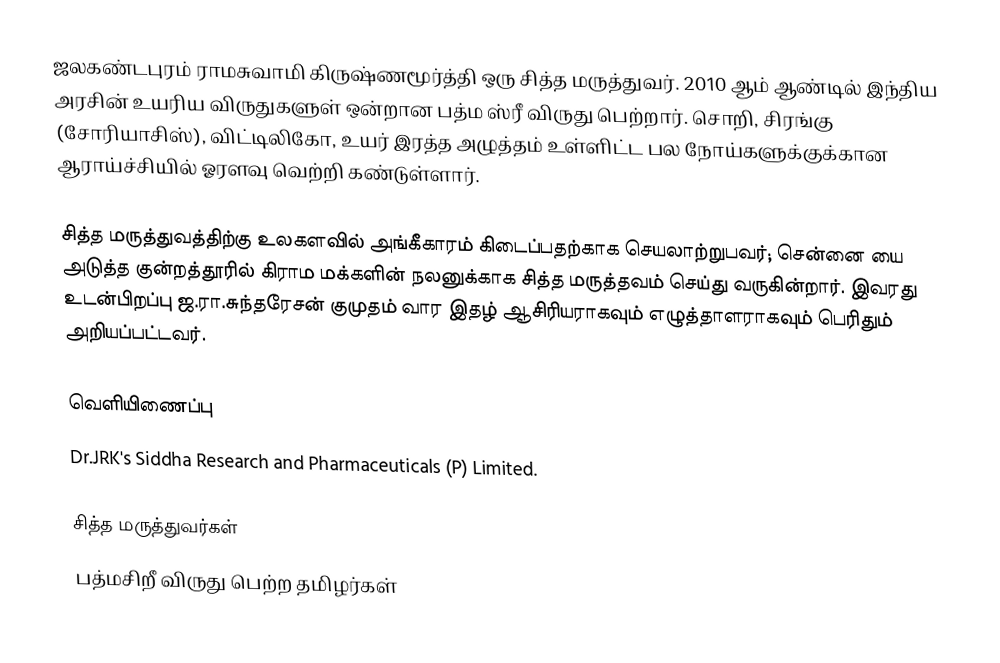
ஜலகண்டபுரம் ராமசுவாமி கிருஷ்ணமூர்த்தி ஒரு சித்த மருத்துவர். 2010 ஆம் ஆண்டில் இந்திய அரசின் உயரிய விருதுகளுள் ஒன்றான பத்ம ஸ்ரீ விருது பெற்றார். சொறி, சிரங்கு (சோரியாசிஸ்), விட்டிலிகோ, உயர் இரத்த அழுத்தம் உள்ளிட்ட பல நோய்களுக்குக்கான ஆராய்ச்சியில் ஓரளவு வெற்றி கண்டுள்ளார்.

சித்த மருத்துவத்திற்கு உலகளவில் அங்கீகாரம் கிடைப்பதற்காக செயலாற்றுபவர்; சென்னை யை அடுத்த குன்றத்தூரில் கிராம மக்களின் நலனுக்காக சித்த மருத்தவம் செய்து வருகின்றார். இவரது உடன்பிறப்பு ஜ.ரா.சுந்தரேசன் குமுதம் வார இதழ் ஆசிரியராகவும் எழுத்தாளராகவும் பெரிதும் அறியப்பட்டவர்.

வெளியிணைப்பு
Dr.JRK's Siddha Research and Pharmaceuticals (P) Limited.

சித்த மருத்துவர்கள்
பத்மசிறீ விருது பெற்ற தமிழர்கள்